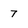
Character: 7